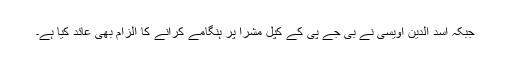
جبکہ اسد الدین اویسی نے بی جے پی کے کپل مشرا پر ہنگامے کرانے کا الزام بھی عائد کیا ہے۔